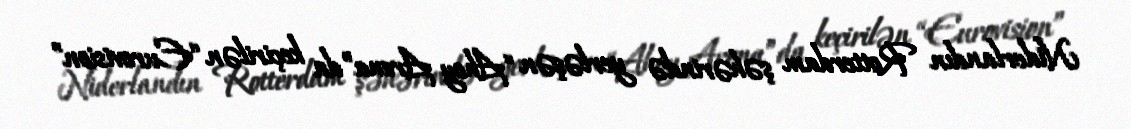
Niderlandın Rotterdam şəhərində yerləşən “Ahoy Arena”da keçirilən “Eurovision”